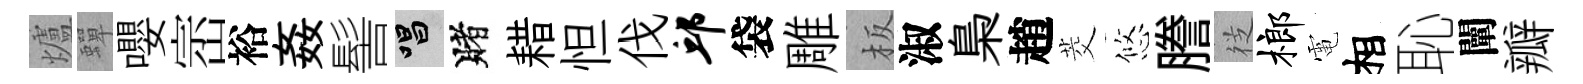
爐蟬嚶崈裕姦髻唱賭耤怛伐邱袋雕板淑梟趙茭悠謄徔榔電相恥闡瓣